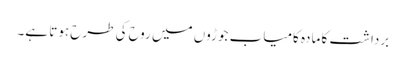
برداشت کا مادہ کامیاب جوڑوں میں روح کی طرح ہوتا ہے۔